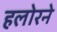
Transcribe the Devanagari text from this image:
हलोरने